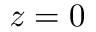
z = 0